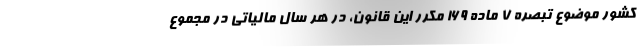
کشور موضوع تبصره ۷ ماده ۱۶۹ مکرر این قانون، در هر سال مالیاتی در مجموع